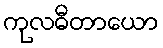
ကုလဓီတာယော